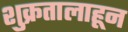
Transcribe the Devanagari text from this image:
शुक्रतालाहून